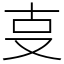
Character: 㕝